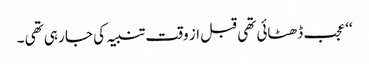
‘‘ عجب ڈھٹائی تھی قبل از وقت تنبیہ کی جا رہی تھی ۔